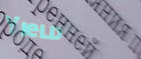
Yield